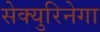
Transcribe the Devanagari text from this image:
सेक्युरिनेगा